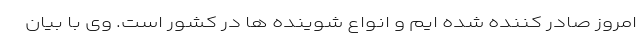
امروز صادر کننده شده ایم و انواع شوینده ها در کشور است. وی با بیان